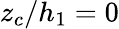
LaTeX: z_{c}/h_{1}=0